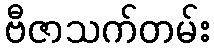
ဗီဇာသက်တမ်း